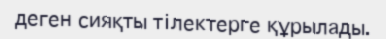
деген сияқты тiлектерге құрылады.